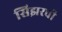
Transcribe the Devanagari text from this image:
सिझरची